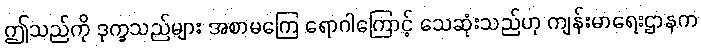
ဤသည်ကို ဒုက္ခသည်များ အစာမကြေ ရောဂါကြောင့် သေဆုံးသည်ဟု ကျန်းမာရေးဌာနက